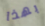
بهذا